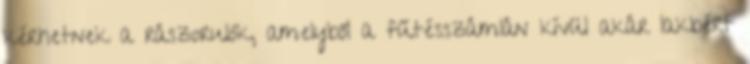
kérhetnek a rászorulók, amelyből a fűtésszámlán kívül akár lakbért